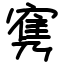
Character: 㝦